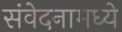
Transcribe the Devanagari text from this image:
संवेदनामध्ये